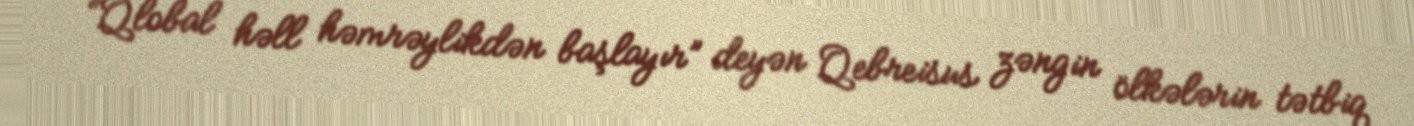
“Qlobal həll həmrəylikdən başlayır” deyən Qebreisus zəngin ölkələrin tətbiq